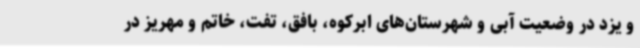
و یزد در وضعیت آبی و شهرستان‌های ابرکوه، بافق، تفت، خاتم و مهریز در